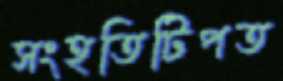
সংহতিটিপত